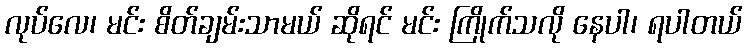
လုပ်လေ၊ မင်း စိတ်ချမ်းသာမယ် ဆိုရင် မင်း ကြိုက်သလို နေပါ၊ ရပါတယ်